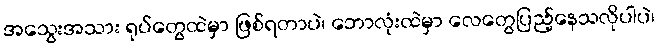
အသွေးအသား ရုပ်တွေထဲမှာ ဖြစ်ရတာပဲ၊ ဘောလုံးထဲမှာ လေတွေပြည့်နေသလိုပါပဲ၊